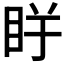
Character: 𱲭